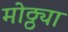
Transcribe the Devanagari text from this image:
मोठ्ठ्या